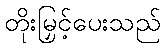
တိုးမြှင့်ပေးသည်